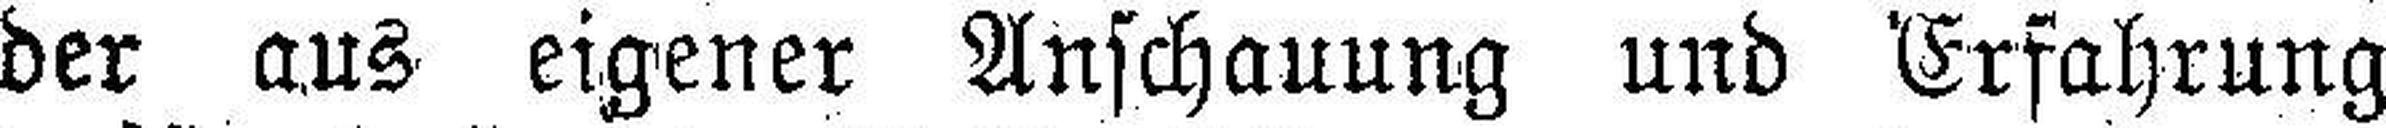
der aus eigener Anschauung und Erfahrung